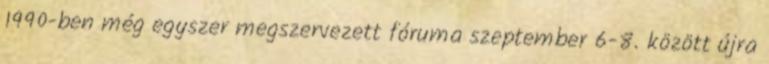
1990-ben még egyszer megszervezett fóruma szeptember 6-8. között újra